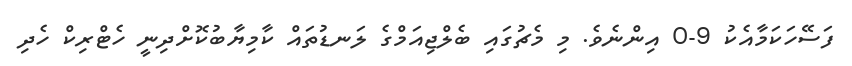
ފަސޭހަކަމާއެކު 9-0 އިންނެވެ. މި މެޗުގައި ބެލްޖިއަމްގެ ލަނޑުތައް ކާމިޔާބުކޮށްދިނީ ހެޓްރިކް ހެދި